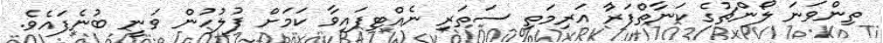
ތިންވަނަ ލޯންޗުގެ ކަނާތްފަރާު އަރިމަތި ސަތަރި ނެއްޓިފައިވާ ކަމަށް ފުލުުހުން ވަނީ ބުނެފައެވެ.